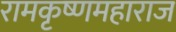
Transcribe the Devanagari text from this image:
रामकृष्णमहाराज